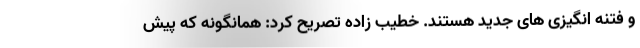
و فتنه انگیزی های جدید هستند. خطیب زاده تصریح کرد: همانگونه که پیش